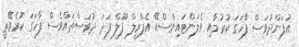
އުފަންދުވަސް ފާހަގަ ކުރުމާއި ވެލަންޓައިންސްޑޭ އެޕްރީލް ފޫލް ފަދަ ދުވަސްތައްވެސް ފާހަގަ ކުރެވޭތީ